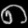
Digit: ၈